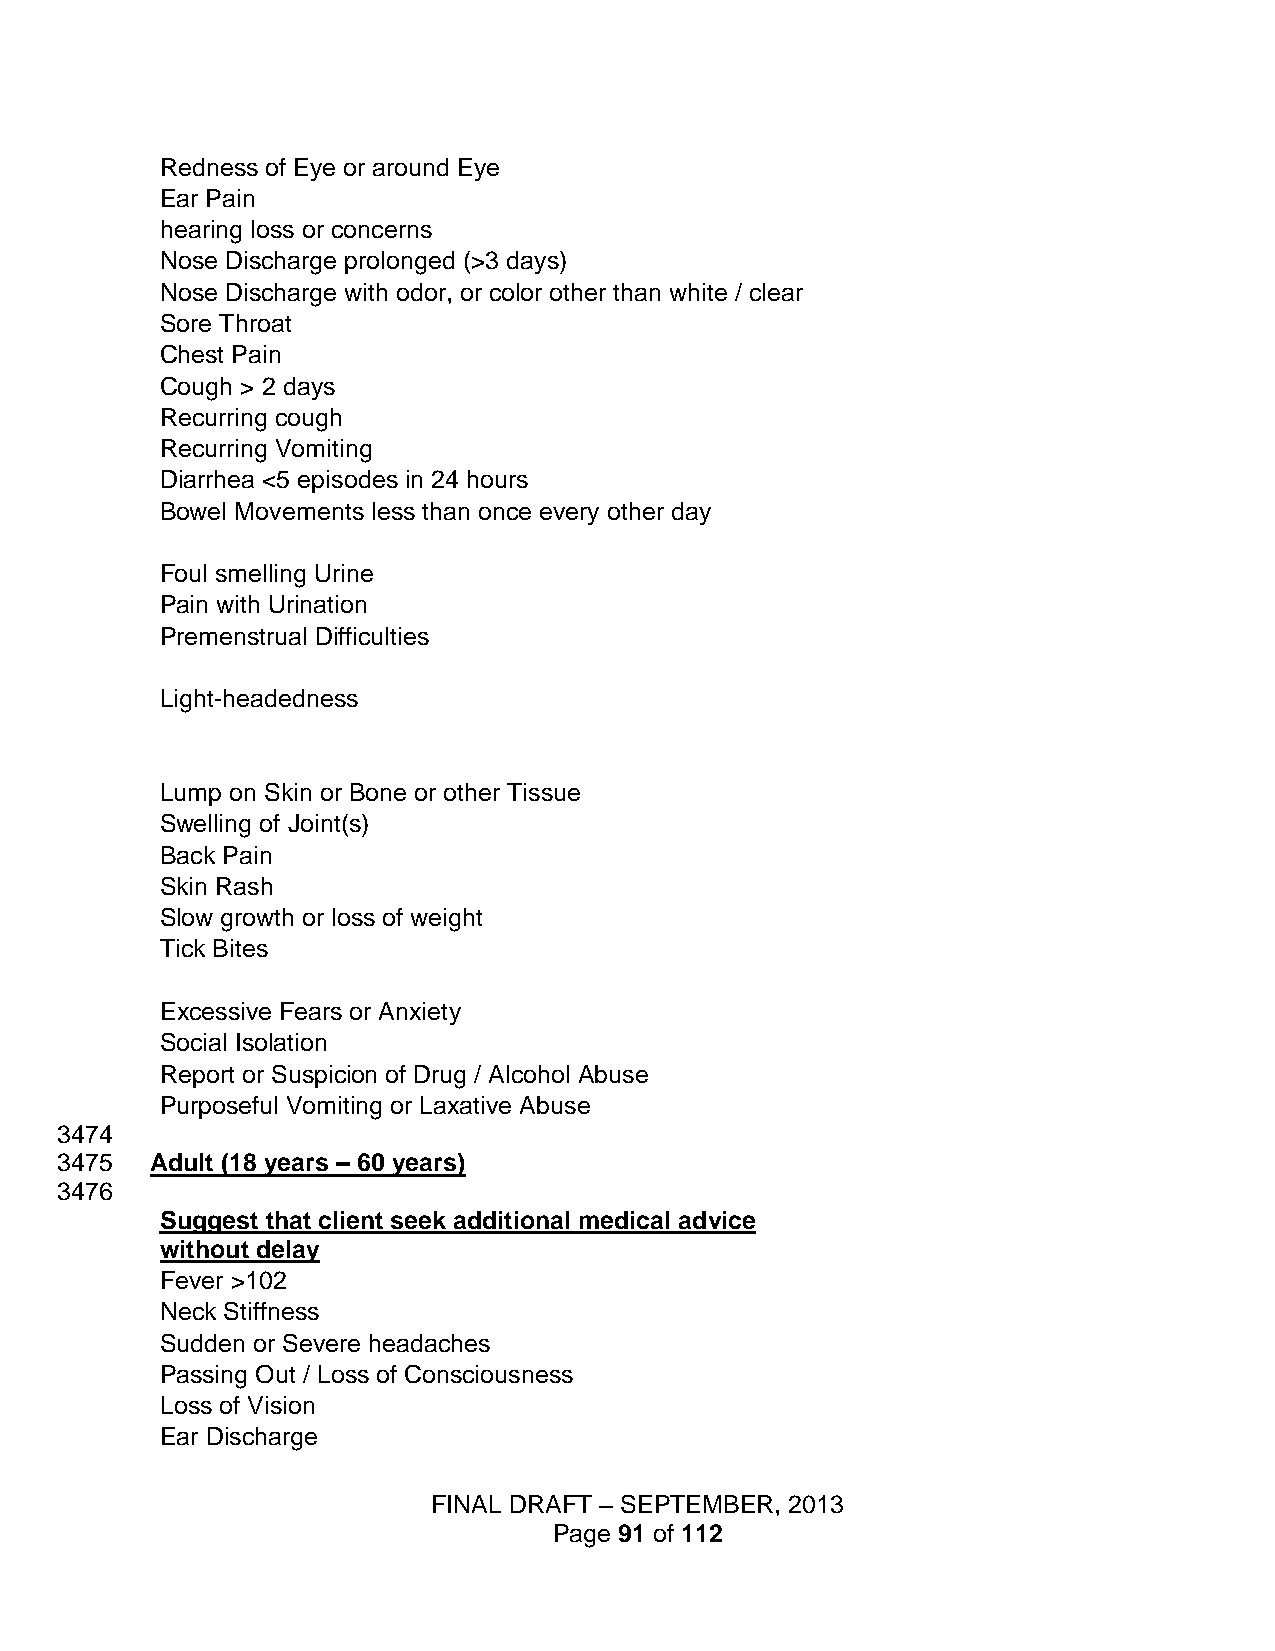
Redness of Eye or around Eye
 Ear Pain
 hearing loss or concerns
 Nose Discharge prolonged (>3 days)
 Nose Discharge with odor, or color other than white / clear
 Sore Throat
 Chest Pain
 Cough > 2 days
 Recurring cough
 Recurring Vomiting
 Diarrhea <5 episodes in 24 hours
 Bowel Movements less than once every other day
 Foul smelling Urine
 Pain with Urination
 Premenstrual Difficulties
 Light-headedness
 Lump on Skin or Bone or other Tissue
 Swelling of Joint(s)
 Back Pain
 Skin Rash
 Slow growth or loss of weight
 Tick Bites
 Excessive Fears or Anxiety
 Social Isolation
 Report or Suspicion of Drug / Alcohol Abuse
 Purposeful Vomiting or Laxative Abuse
 3474
 3475  Adult (18 years – 60 years)
 3476
 Suggest that client seek additional medical advice
 without delay
 Fever >102
 Neck Stiffness
 Sudden or Severe headaches
 Passing Out / Loss of Consciousness
 Loss of Vision
 Ear Discharge
 FINAL DRAFT – SEPTEMBER, 2013
 Page 91 of 112